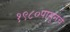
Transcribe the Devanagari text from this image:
१९८०पासूनचे